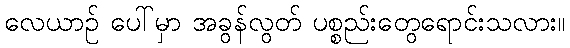
လေယာဉ် ပေါ်မှာ အခွန်လွတ် ပစ္စည်းတွေရောင်းသလား။